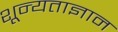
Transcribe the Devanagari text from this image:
शून्यताज्ञान